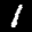
Label: 1